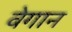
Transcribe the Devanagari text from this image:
वेगान